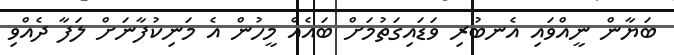
ބަޔާން ނީއްވައި އެނބުރި ވަޑައިގަތުމަށް ބައެއް މީހުން އެ މަނިކުފާނަށް ލަފާ ދެއްވި